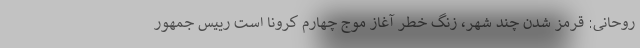
روحانی: قرمز شدن چند شهر، زنگ خطر آغاز موج چهارم کرونا است رییس جمهور